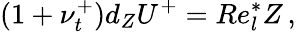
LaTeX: (1+\nu_{t}^{+})d_{Z}{U}^{+}=Re_{l}^{*}Z\, ,